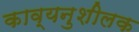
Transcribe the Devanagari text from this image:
काव्यनुशीलक